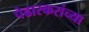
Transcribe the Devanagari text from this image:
पेढारकरांच्या